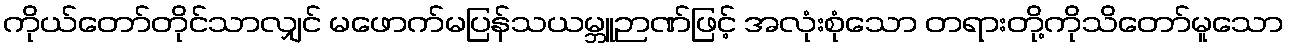
ကိုယ်တော်တိုင်သာလျှင် မဖောက်မပြန်သယမ္ဘူဉာဏ်ဖြင့် အလုံးစုံသော တရားတို့ကိုသိတော်မူသော